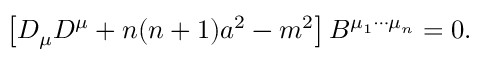
\left[ D _ { \mu } D ^ { \mu } + n ( n + 1 ) a ^ { 2 } - m ^ { 2 } \right] B ^ { \mu _ { 1 } \cdots \mu _ { n } } = 0 .